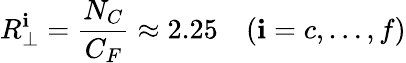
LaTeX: R_{\perp}^{\mathbf{i}}=\frac{{N_{C}}}{{C_{F}}}\approx2.25\quad(\mathbf{i}=c,\dots,f)